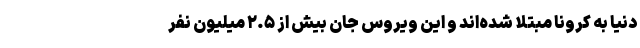
دنیا به کرونا مبتلا شده‌اند و این ویروس جان بیش از ۲.۵ میلیون نفر